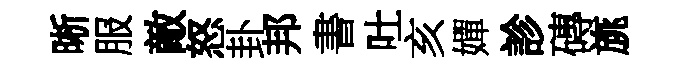
晰服敵怒卦邦書吐亥嬋診磚旐